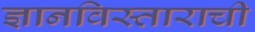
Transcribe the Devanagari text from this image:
ज्ञानविस्ताराची